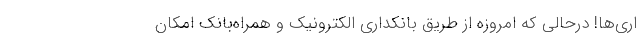
اری‌ها! درحالی که امروزه از طریق بانکداری الکترونیک و همراه‌بانک امکان